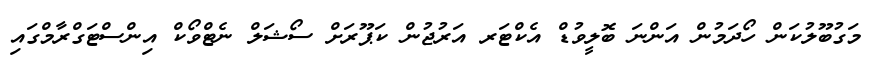
މަގުބޫލުކަން ހޯދަމުން އަންނަ ބޮލީވުޑް އެކްޓަރ އަރުޖުން ކަޕޫރަށް ސޯޝަލް ނެޓްވޯކް އިންސްޓަގްރާމްގައި